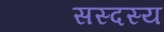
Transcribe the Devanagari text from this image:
सस्दस्य